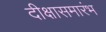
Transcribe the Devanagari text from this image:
दीक्षासमारंभ